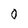
Character: 0